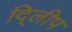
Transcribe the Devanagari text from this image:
दि्लीप